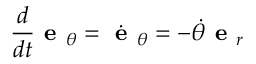
{ \frac { d } { d t } } { \textbf { e } } _ { \theta } = { \dot { \textbf { e } } } _ { \theta } = - { \dot { \theta } } { \textbf { e } } _ { r }